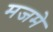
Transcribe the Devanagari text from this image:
मजमे